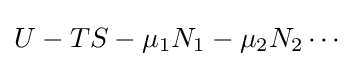
U-TS-\mu _{1}N_{1}-\mu _{2}N_{2}\cdots